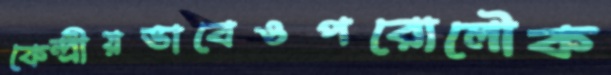
কেন্দ্রীয়ভাবেওপরোলৌক